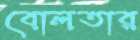
বোলতার